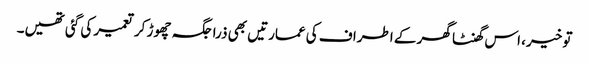
تو خیر، اس گھنٹا گھر کے اطراف کی عمارتیں بھی ذرا جگہ چھوڑ کر تعمیر کی گئی تھیں۔